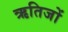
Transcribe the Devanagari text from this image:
ऋतिजों